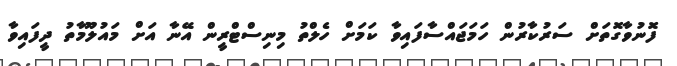
ފޮނުވާގޮތަށް ސަރުކާރުން ހަމަޖައްސާފައިވާ ކަމަށް ހެލްތު މިނިސްޓްރީން އޭނާ އަށް މައުލޫމާތު ދީފައިވާ